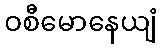
ဝစီမောနေယျံ